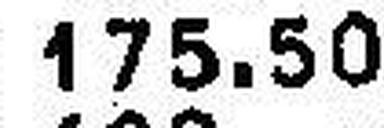
175.50